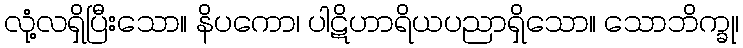
လုံ့လရှိပြီးသော။ နိပကော၊ ပါဋိဟာရိယပညာရှိသော။ သောဘိက္ခု၊